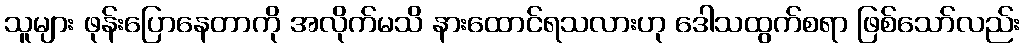
သူများ ဖုန်းပြောနေတာကို အလိုက်မသိ နားထောင်ရသလားဟု ဒေါသထွက်စရာ ဖြစ်သော်လည်း